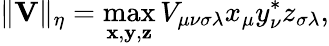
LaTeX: \| \mathbf V\| _{\eta}=\operatorname*{max}_{\mathbf{x},\mathbf{y},\mathbf{z}}V_{\mu\nu\sigma\lambda}x_{\mu}y_{\nu}^{*}z_{\sigma\lambda},